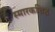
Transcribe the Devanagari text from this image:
स्मारकचिह्न